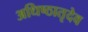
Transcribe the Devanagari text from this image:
अधिष्ठातृदेव